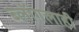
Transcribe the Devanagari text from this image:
ब्लॉगलाही